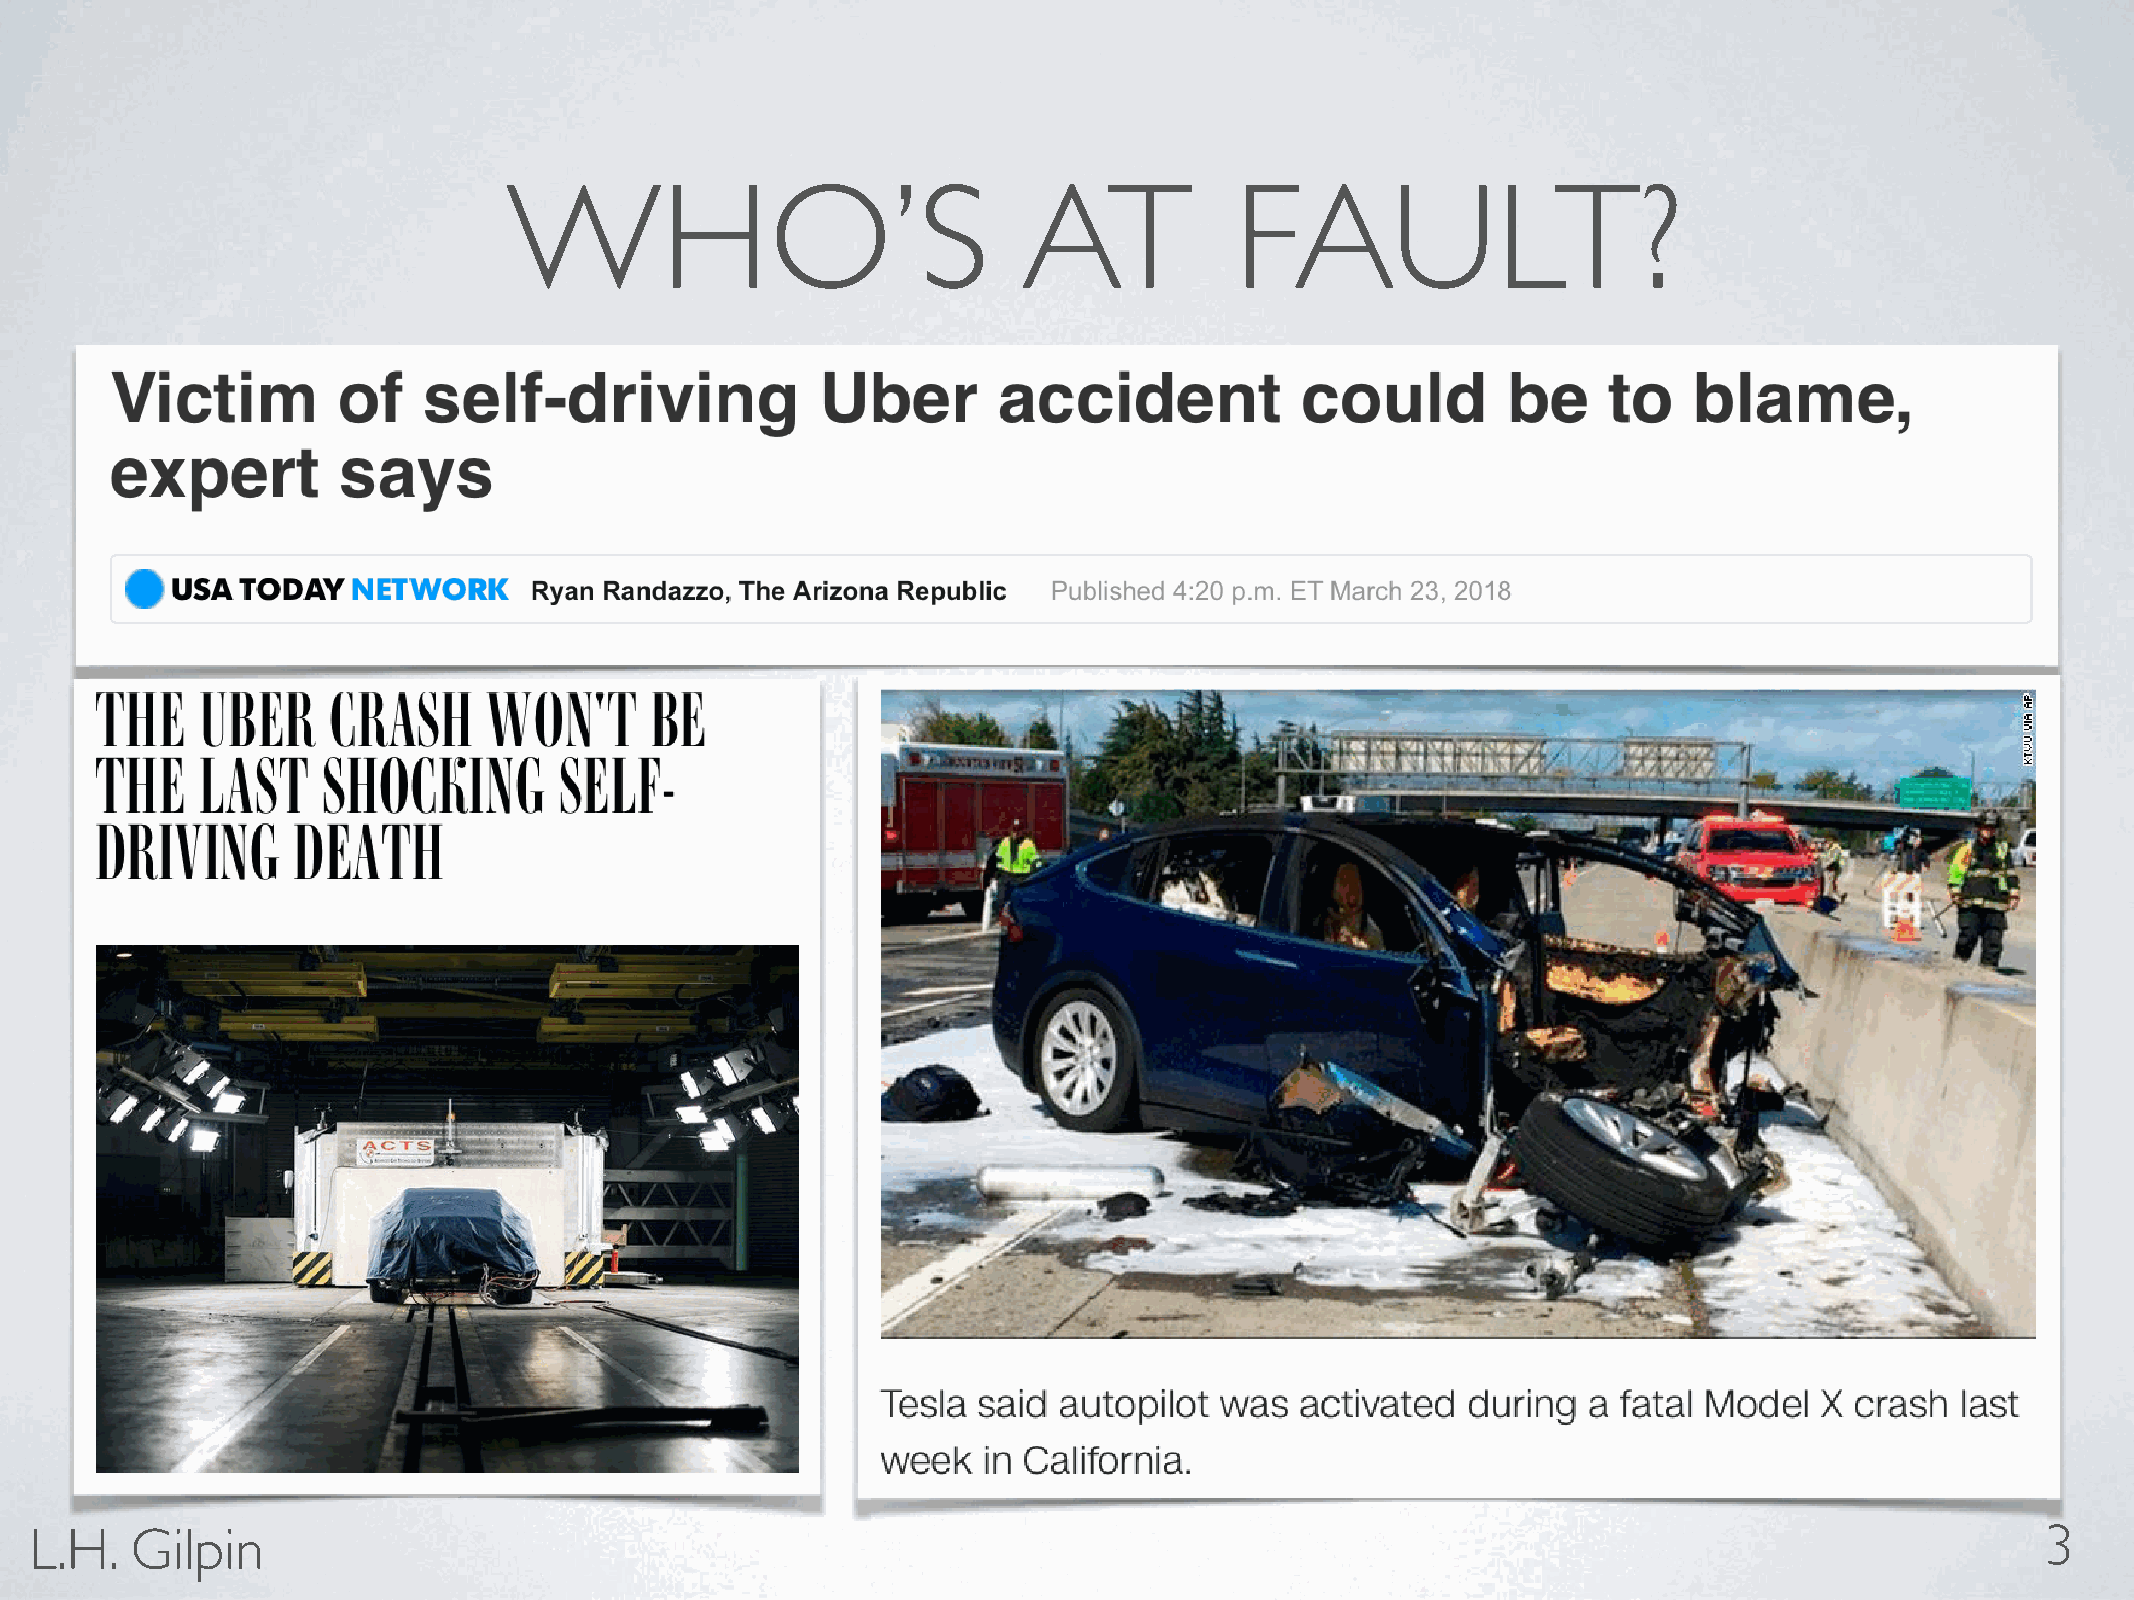
WHO’S                             AT            FAULT?
 L.H.   Gilpin                                                                                                                        3